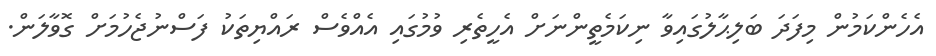
އެހެންކަމުން މިފަދަ ބަލިޙާލުގައިވާ ނިކަމެތީންނަށް އެހީތެރި ވުމުގައި އެއްވެސް ރައްޔިތަކު ފަސްނުޖެހުމަށް ގޮވާލަން.